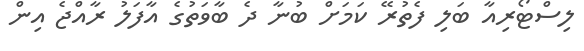
ލިސްޓޯރިއާ ބަލި ފެތުރޭ ކަމަށް ބުނާ ދެ ބާވަތުގެ އާފަލު ރާއްޖެ އިން